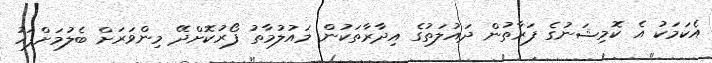
އެކަމަކު އެ ކޮމިޝަނުގެ ފަރާތުން ދައުލަތުގެ އިދާރާތަކުން މައުލުމާތު ފޯރުކޮށްދޭ މިންވަރަށް ބެލުމަށްފަހު